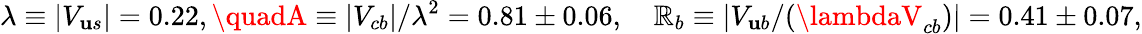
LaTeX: \lambda\equiv|V_{\mathbf{u}s}|=0.22,\quadA\equiv|V_{cb}|/\lambda^{2}=0.81\pm0.06,\quad\mathbb{R}_{b}\equiv|V_{\mathbf{u}b}/(\lambdaV_{cb})|=0.41\pm0.07,